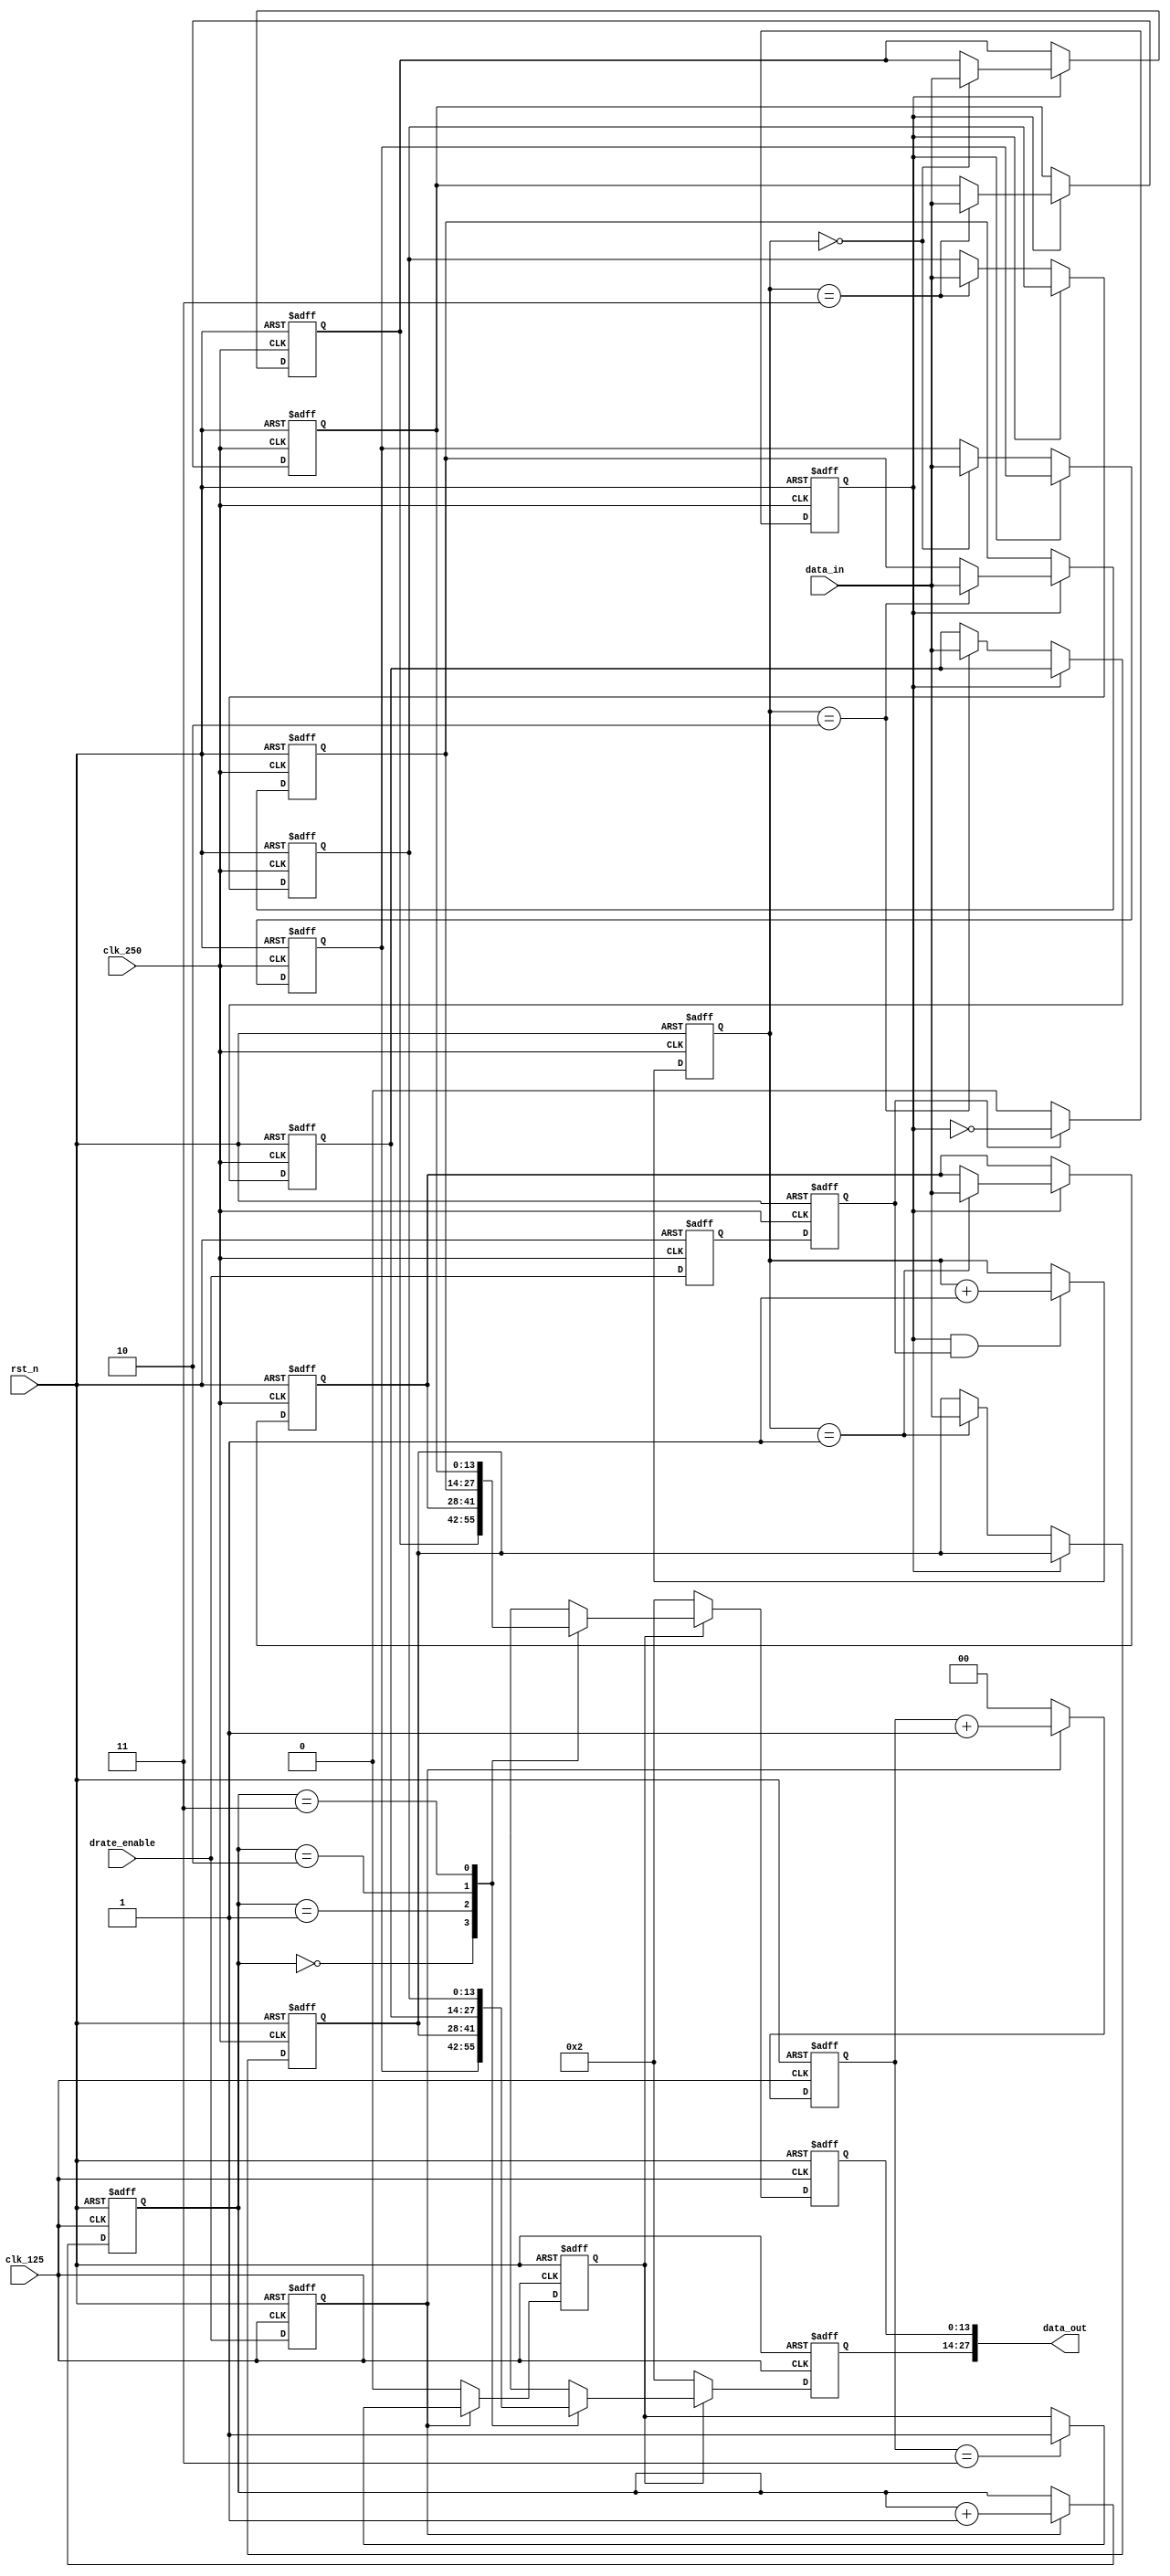
module rx_gear #(
                parameter GWIDTH = 14 
                )
   (
   input wire                 clk_250 ,    // 250 Mhz clock.
   input wire                 clk_125 ,    // 125 Mhz clock.
   input wire                 rst_n ,      // asynchronous system reset.

   input wire                 drate_enable, //Enable for counters
   input wire [GWIDTH-1:0]    data_in ,    // Data In

   output wire [GWIDTH*2-1:0] data_out     // Data Out
   );

// =============================================================================

reg [1:0]         wr_pntr /* synthesis syn_preserve = 1 */ ;    // Write Pointer
reg [1:0]         rd_pntr /* synthesis syn_preserve = 1 */ ;    // Read Pointer
reg               wr_en   /* synthesis syn_preserve = 1 */ ;    // Write Pointer Enable

reg [GWIDTH-1:0]  rd_data0 /* synthesis syn_preserve = 1 */ ;   // Read Data
reg [GWIDTH-1:0]  rd_data1 /* synthesis syn_preserve = 1 */ ;   // Read Data

integer           i ;
integer           j ;

// RAM's : Expected to inferred as distributed ram
reg [GWIDTH-1:0]  rf_0[0:3] ;
reg [GWIDTH-1:0]  rf_1[0:3] ;

reg               drate_f0 /* synthesis syn_srlstyle="registers" */;
reg               drate_f1 /* synthesis syn_srlstyle="registers" */;
reg               drate_s0;

reg               rd_enable;
reg[1:0]          rd_cnt;

//synchronize drate_enable to 250mhz clock
always @(posedge clk_250, negedge rst_n) begin 
   if (!rst_n) begin
      drate_f0 <= 1'b0;
      drate_f1 <= 1'b0;
   end
   else begin
      drate_f0 <= drate_enable;
      drate_f1 <= drate_f0;
   end
end

// delay drate_enable by a 125mhz clock 
// to adjust synchronizer delay
always @(posedge clk_125, negedge rst_n) begin 
   if (!rst_n)
      drate_s0 <= 1'b0;
   else 
      drate_s0 <= drate_enable;
end

// =============================================================================
// Write 8 bits each alternatively into different memories at 250 Mhz. 
// Read  both the memories together and concatenate tha data to get
// 16 bits data at 125 Mhz.
// =============================================================================

// Write Pointer
always @(posedge clk_250, negedge rst_n) begin 
   if (!rst_n)
      wr_pntr <= 2'b00;
   else if (wr_en & drate_f1)
      wr_pntr <= wr_pntr + 2'b01;
   else
      wr_pntr <= wr_pntr;
end

// Write Pointer Enable for half-rate 
always @(posedge clk_250, negedge rst_n) begin 
   if (!rst_n)
      wr_en <= 1'b0;
   else if(~drate_f1)
      wr_en <= 1'b0;
   else
      wr_en <= ~wr_en;
end

// Read Pointer
always @(posedge clk_125, negedge rst_n) begin 
   if (!rst_n)
      rd_pntr <= 2'b10;
   else if(drate_s0)
      rd_pntr <= rd_pntr + 2'b01;
   else
      rd_pntr <= rd_pntr;
end

// Output Data Select
assign data_out = {rd_data0,rd_data1};
// =============================================================================

always @(posedge clk_250, negedge rst_n) begin 
   if (!rst_n) 
      for (i=0;i<=3;i=i+1) begin 
         rf_0[i] <= 0;
      end
   else if (!wr_en)
      rf_0[wr_pntr] <= data_in ;
end
//assign rd_data0 = rf_0[rd_pntr] ;
always @(posedge clk_125, negedge rst_n) begin 
   if (!rst_n) 
      rd_data0 <= 14'b00000000000010;
   else begin
      if(rd_enable) 
         rd_data0 <= rf_0[rd_pntr] ;
      else //Bit 1 & 15 are RxElecIdles
         rd_data0 <= 14'b00000000000010;
   end
end

always @(posedge clk_250, negedge rst_n) begin 
   if (!rst_n) 
      for (j=0;j<=3;j=j+1) begin 
         rf_1[j] <= 0;
      end
   else if (wr_en)
      rf_1[wr_pntr] <= data_in ;
end
//assign rd_data1 = rf_1[rd_pntr] ;
always @(posedge clk_125, negedge rst_n) begin 
   if (!rst_n) 
      rd_data1 <= 14'b00000000000010;
   else begin
      if(rd_enable) 
         rd_data1 <= rf_1[rd_pntr] ;
      else //Bit 1 & 15 are RxElecIdles
         rd_data1 <= 14'b00000000000010;
   end
end

// Avoid RESET data from Dist. Memory
// Take Read data after Writing, until then EI is HIGH
// Wait for 4 clks after enable
always @(posedge clk_125, negedge rst_n) begin 
   if (!rst_n) begin
      rd_cnt    <= 2'b00;
      rd_enable <= 1'b0;
   end
   else begin
      if(drate_s0)
         rd_cnt <= rd_cnt + 2'b01;
      else
         rd_cnt <= 2'b00;

      if(~drate_s0)
         rd_enable <= 1'b0;
      else if(rd_cnt == 2'b11) 
         rd_enable <= 1'b1;
   end
end

// =============================================================================
endmodule